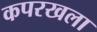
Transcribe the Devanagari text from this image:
कपरखला